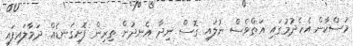
މުސްކާން އެހެދުމުގައި އަތްވެސް ނުލައި ގޮސް ނިދާ އެނދުން ތިރިން ފޮށިގަނޑެއް ދަމާލައިފައި